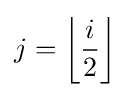
j=\left\lfloor {\frac {i}{2}}\right\rfloor